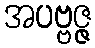
အပဗ္ဗဇ္ဇ